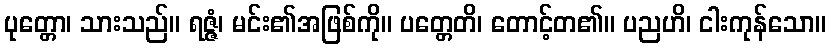
ပုတ္တော၊ သားသည်။ ရဇ္ဇံ၊ မင်း၏အဖြစ်ကို။ ပတ္တေတိ၊ တောင့်တ၏။ ပညဟိ၊ ငါးကုန်သော။